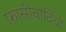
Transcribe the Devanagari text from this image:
फ़ासीवादियों